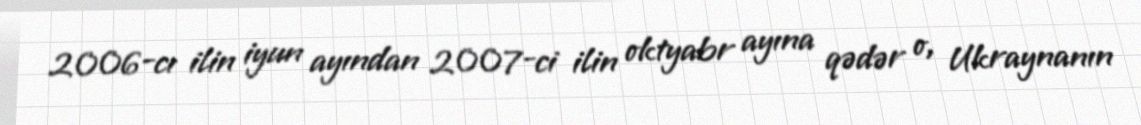
2006-cı ilin iyun ayından 2007-ci ilin oktyabr ayına qədər o, Ukraynanın